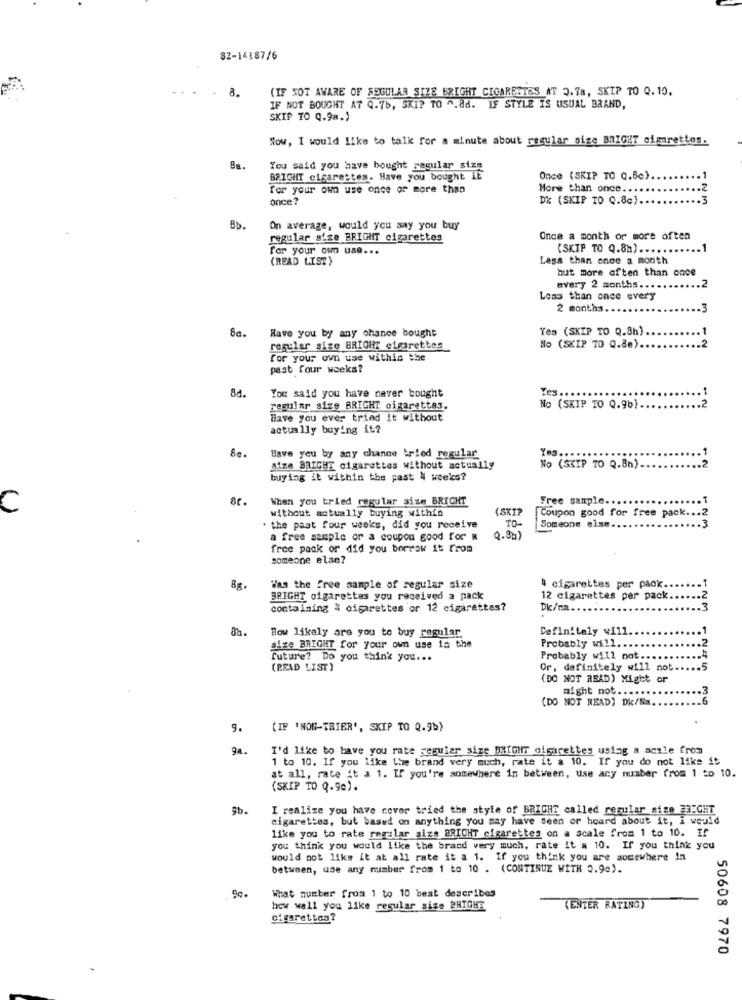
82-14187/6
8.
(IF SOT AWARE OF ROGULAR SIZE ERIGHT CIGARETTES AT 2.78, SKIP TO Q. 10.
IF NOT BOUGHT AT Q.7b, SKIP TO ^. &d. IF STYLE IS USUAL BRAND,
SKIP TO Q.9a.)
Wow, I would like to talk for a minute about regular sige BRIGHT cigarettes.
8a.
You said you have bought regular size
BRIGHT cigarettes. Have you bought IE
Once (SKIP TO Q.Bc) ..
for your own use once or more than
More than once ...
once?
DK (SKIP TO Q.8c).
On average, would you say you buy
regular size BRIGHT cigarettes
Once a month or more often
For your own use ...
(SKIP TO Q.8h) ..
(READ LIST}
Less than once a month
but more often than once
every 2 months ...
.2
Less than once every
2 months.
8a.
Have you by any chance bought
Yes (SKIP TO Q.8h).
regular size BRIGHT cigarettes
No (SKIP TO Q.88).
for your own use within the
past four weeks?
8d.
Yes.
You said you have never bought
regular size BRIGHT cigarettas.
No (SKIP TO Q.9b)
.2
Have you ever tried it without
actually buying it?
Yes ..
Have you by any chance tried regular
aize BRIGHT cigarettes without actually
No (SKIP TO Q.8h).
buying it within the past 4 weeks?
When you tried regular size BRICHT
Free sample.
C
without actually buying within
(SKI?
TO
Coupon good for free pack ... 2
. the past four weeks, did you receive
Someone else.
a free sample or a coupon good for
Q.8a)
free pack or did you borrow it from
someone else?
Was the free sample of regular size
4 cigarettes per pack.
BRIGHT cigarettes you received a pack
12 cigarettes per pack.
containing & cigarettes or 12 cigarettes?
Dk/na ...
123
8h
How likely are you to buy regular
Definitely will
alze BRIGHT for your own use in the
Probably will.
future? Do you think you ...
Probably will not.
(READ LIST)
Or, definitely will not
(DO NOT READ) Might or
might not ..
(DO NOT READ) DK/Na.
9.
(IF 'NON-TRIER', SKIP TO Q.9b)
ga.
I'd like to have you rate regular size BitoHir cigarettes using a scale from
1 to 10. If you like the brand very much, rate it a 10. If you do not like it
at all, rate it a 1. If you're somewhere in between, use any number from 1 to 10.
(SKIP TO Q.90).
Sb.
I realize you have cover tried the style of BRIGHE called regular size FRIGHT
cigarettes, but based on anything you may have seen or heard about it, i would
like you to rate regular sizs BRICHT cigarettes on a scale from 1 to 10. If
you think you would like the brand very much, rate it a 10. If you think you
would not like it at all rate it a 1. If you think you are somewhere In
between, use any number from 1 to 10 . (CONTINUE WITH 2.9e).
Sc.
What number from 1 to 10 best describes
how well you like regular size BRIGHE
(ENTER RATING)
cigarettes?
50608 7970